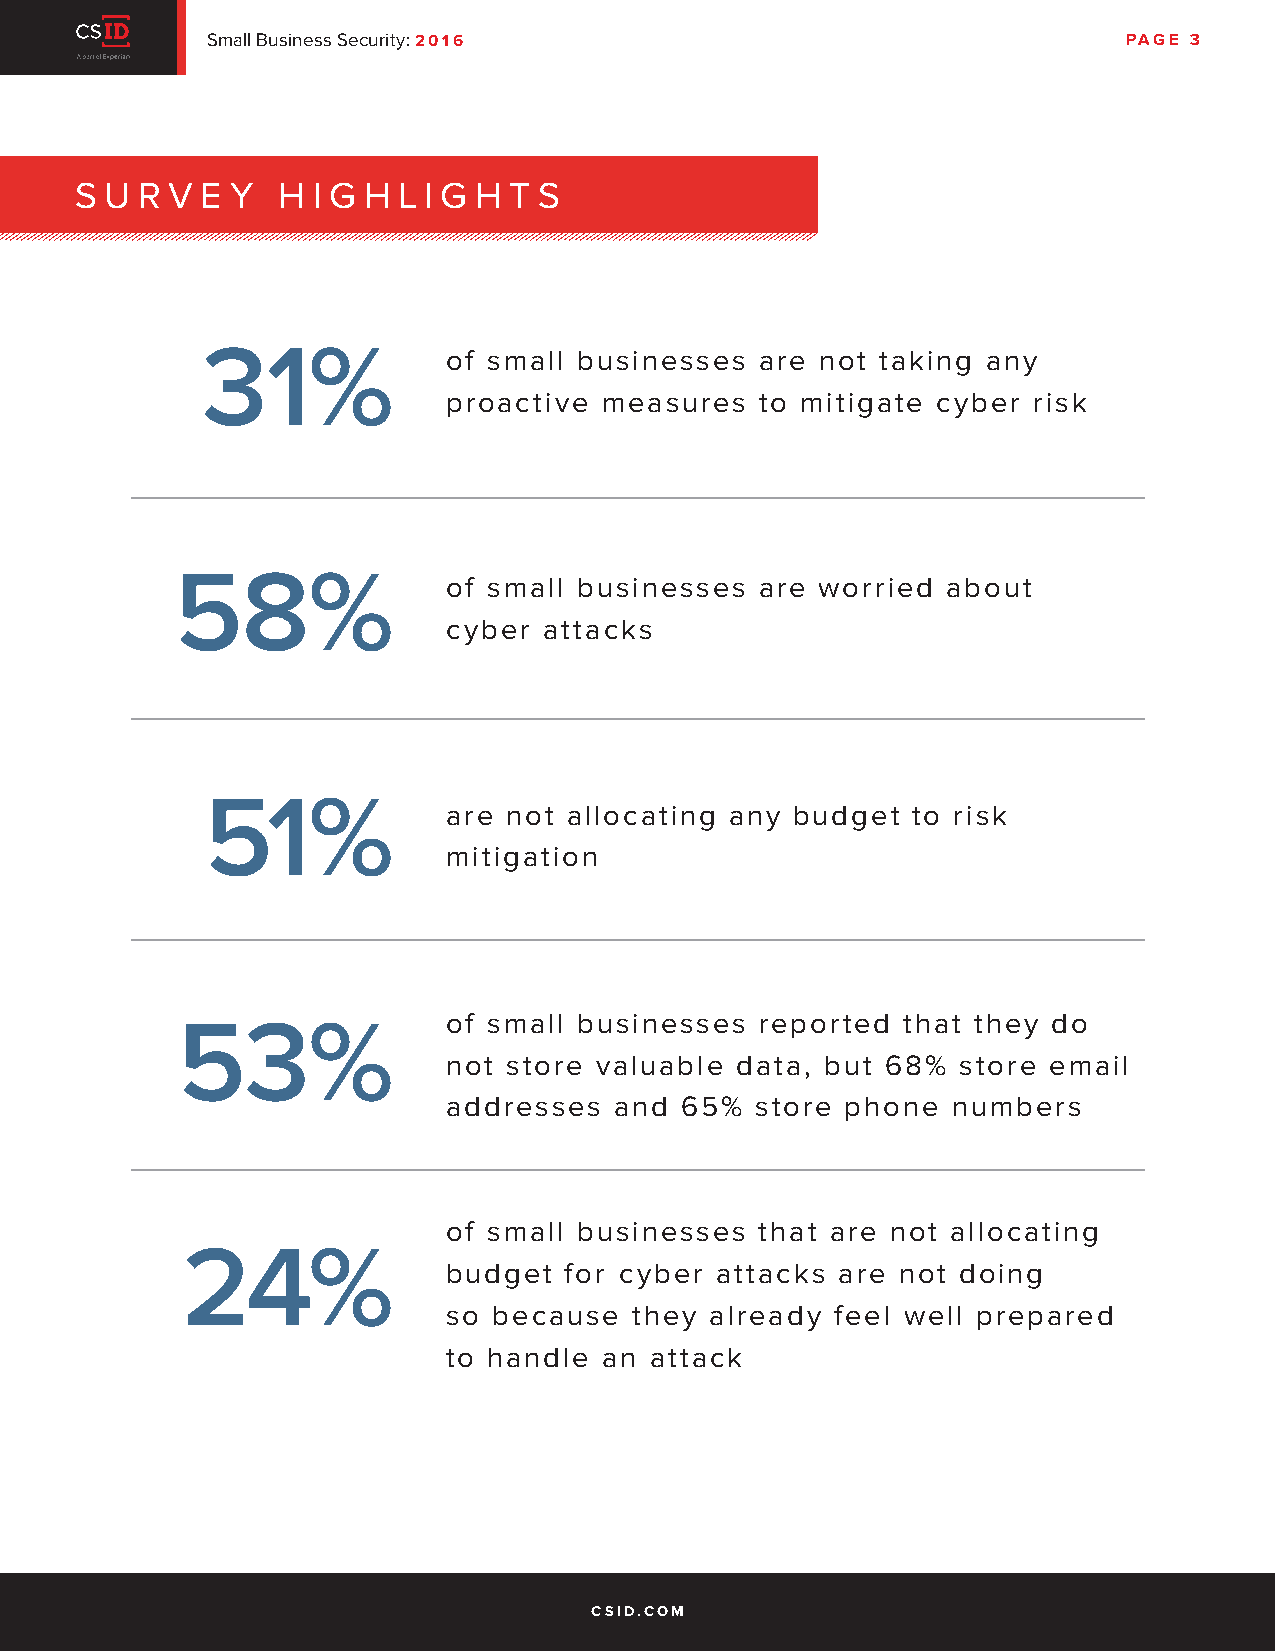
Small Business Security: 2016                                PAGE 3
 S U R V E Y  H  I G H L I G H T S
 31%
 of small businesses are not taking any
 proactive measures  to mitigate cyber risk
 58%
 of small businesses are worried  about
 cyber attacks
 51%
 are not allocating any budget to risk
 mitigation
 53%               of small businesses reported  that they do
 not store valuable data, but 68%  store email
 addresses  and 65%  store phone  numbers
 of small businesses that are not allocating
 24%
 budget for cyber attacks  are not doing
 so because  they already feel well prepared
 to handle an attack
 CSID.COM